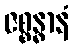
ဇစ္စန္ဓာနံ